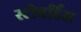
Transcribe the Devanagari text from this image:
स्‍टीवर्डिस